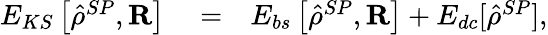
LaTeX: \begin{array}{rlr}{E_{KS}\left[\hat{\rho}^{SP},{\mathbf R}\right]}&{{}=}&{E_{bs}\left[\hat{\rho}^{SP},{\mathbf R}\right]+E_{dc}[\hat{\rho}^{SP}],}\end{array}